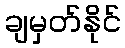
ချမှတ်နိုင်